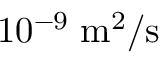
1 0 ^ { - 9 } \; \mathrm { m } ^ { 2 } / \mathrm { s }